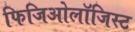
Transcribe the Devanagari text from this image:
फिजिओलॉजिस्ट